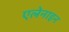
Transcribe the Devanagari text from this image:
एलेनाइन